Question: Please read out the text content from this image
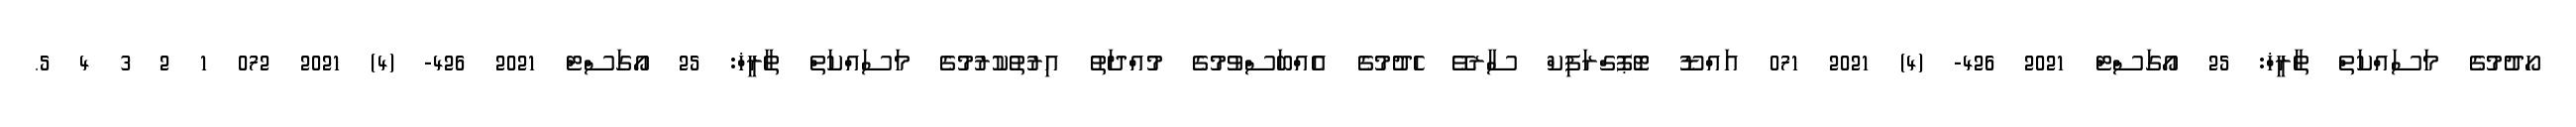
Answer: ހޯދުމުގެ މަސައްކަތް ތާރީޚް: 25 އޯގަސްޓް 2021 426- (4) 2021 071 އައްޑޫ ޓޮޕޮގްރަފިކް ސާރވޭ ހެދުމުގެ އެއްބަސްވުމުގެ މުއްދަތު އިރުތުކުރުމުގެ މަސައްކަތް ތާރީޚް: 25 އޯގަސްޓް 2021 426- (4) 2021 072 1 2 3 4 5.